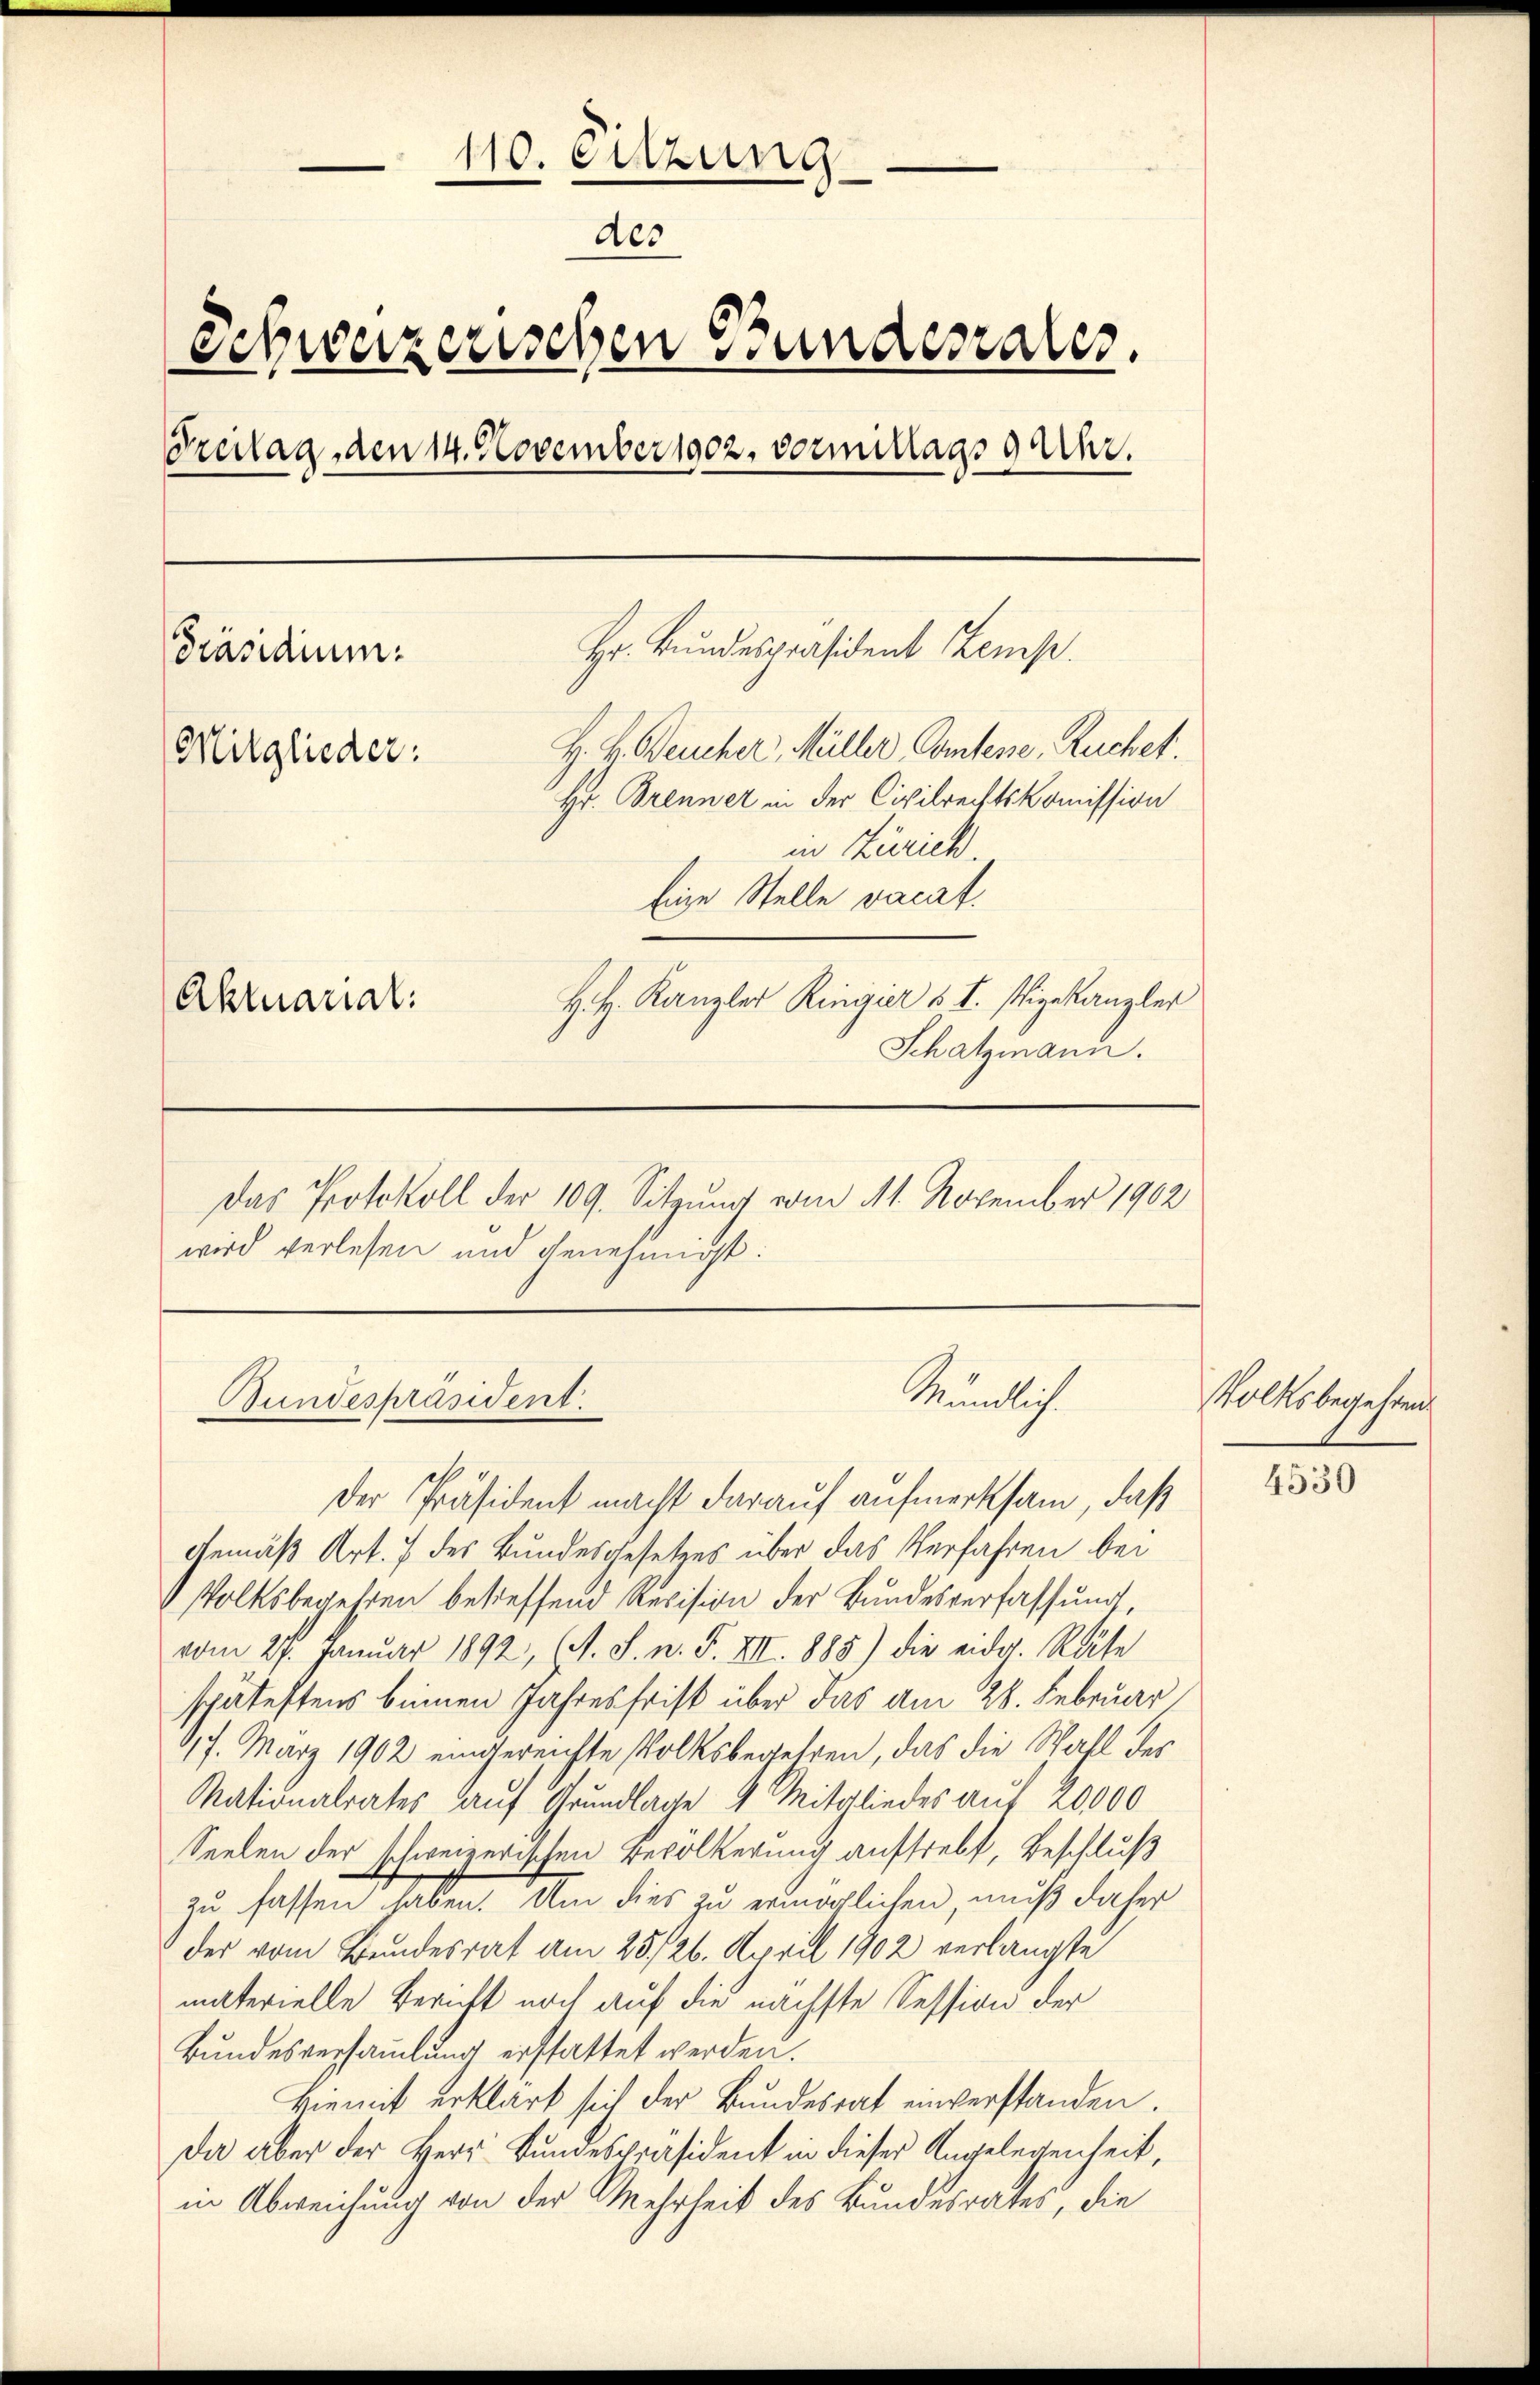
110. Sitzung
e
e
des
Schweizerischen Bundesrates.
Treitag, den 14. November 1902. vormittags 9 Uhr.
Hr. Bundespräsident Zemp.
Präsidium.
H. H. Beucher, Müller, Comtene, Ruchet.
Mitglieder:
Hr. Brenner in der Civilrechtskomission
in Zürich
Eine Stelle vacat.
H. H. Kanzler Ringier § I. Vizekanzler
Aktuarial
Schatzmann.
Das Protokoll der 109. Sitzung vom 11. November 1902
wird verlesen und genehmigt

Bundespräsident.

Räumlich

Der Präsident macht darauf aufmerksam, daß
Gemäß Art. 7 des Bundesgesetzes über das Verfahren bei
Volksbegehren betreffend Revision der Bundesverfassung
vom 27. Januar 1892, (A. S. n. F. VII. 1885) die eidg. Räte
spätestens beinen Jahresfrist über das am 28. Februar
617. März 1902 eingereichte Volksbegehren, das die Wahl der
Nationalrates auf Grundlage 4 Mitgliedes auf 20000
Seelen der schweizerischen Bevölkerung aufsrebt, Beschluß
zu fassen haben. Um dies zu ermärtlichen muß daher
der vom Bundesrat am 25. 26. April 1902 verlangte
materielle Bericht noch auf die nächste Session der
Bundesversammlung erstattet werden.
Hiemit erklärt sich der Bundesrat einverstanden.
Da aber der Herr Bundespräsident in dieser Angelegenheit,
in Abweichung von der Mehrheit des Bundesrates, die

Volksbegehren

4530